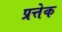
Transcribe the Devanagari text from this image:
प्रत्तेक